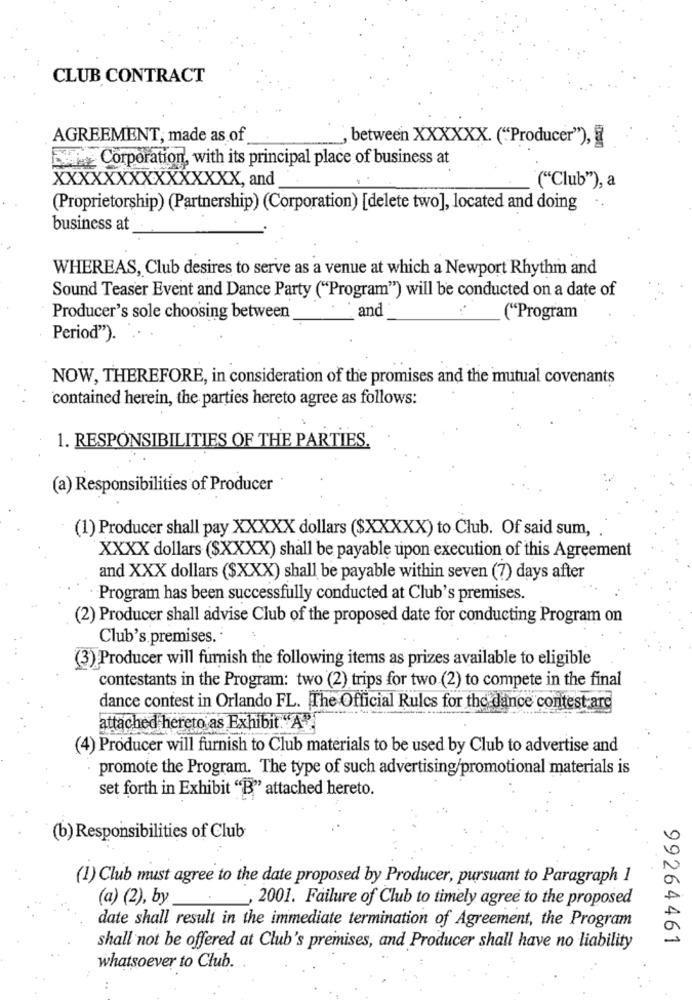
CLUB CONTRACT
AGREEMENT, made as of
, between XXXXXX. ("Producer"),
Corporation, with its principal place of business at
XXXXXXXXXXXXXXX, and
("Club""), a
(Proprietorship) (Partnership) (Corporation) [delete two], located and doing
business at
WHEREAS, Club desires to serve as a venue at which a Newport Rhythm and
Sound Teaser Event and Dance Party ("Program") will be conducted on a date of
and
Producer's sole choosing between
("Program
Period").
NOW, THEREFORE, in consideration of the promises and the mutual covenants
contained herein, the parties hereto agree as follows:
1. RESPONSIBILITIES OF THE PARTIES.
(a) Responsibilities of Producer
(1) Producer shall pay XXXXX dollars ($XXXXX) to Club. Of said sum,
XXXX dollars ($XXXX) shall be payable upon execution of this Agreement
and XXX dollars ($XXX) shall be payable within seven (7) days after
Program has been successfully conducted at Club's premises.
(2) Producer shall advise Club of the proposed date for conducting Program on
Club's premises.
(3) Producer will furnish the following items as prizes available to eligible
contestants in the Program: two (2) trips for two (2) to compete in the final
dance contest in Orlando FL. The Official Rules for the dance contest arc
attached hereto as Exhibit. "A".
(4) Producer will furnish to Club materials to be used by Club to advertise and
promote the Program. The type of such advertising/promotional materials is
set forth in Exhibit "B" attached hereto.
(b) Responsibilities of Club
(1) Club must agree to the date proposed by Producer, pursuant to Paragraph 1
(a) (2), by
, 2001. Failure of Club to timely agree to the proposed
date shall result in the immediate termination of Agreement, the Program
99264461
shall not be offered at Club's premises, and Producer shall have no liability
whatsoever to Club.